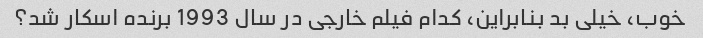
خوب، خیلی بد بنابراین، کدام فیلم خارجی در سال 1993 برنده اسکار شد؟